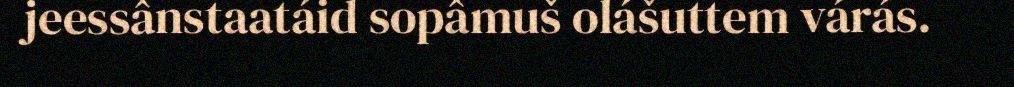
jeessânstaatáid sopâmuš olášuttem várás.